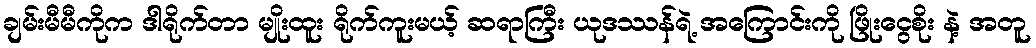
ချမ်းမီမီကိုက ဒါရိုက်တာ မျိုးထူး ရိုက်ကူးမယ့် ဆရာကြီး ယုဒဿန်ရဲ့ အကြောင်းကို ဖြိုးငွေစိုး နဲ့ အတူ